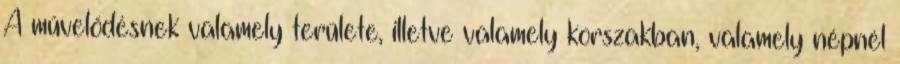
A művelődésnek valamely területe, illetve valamely korszakban, valamely népnél